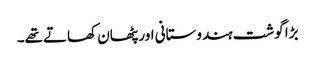
بڑا گوشت ہندوستانی اور پٹھان کھاتے تھے۔